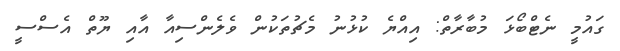
ގައުމީ ނެޓްބޯޅަ މުބާރާތް: އިއްޔެ ކުޅުނު މެޗުތަކުން ވެލެންސިއާ އާއި ޔޫތް އެސްސީ